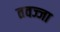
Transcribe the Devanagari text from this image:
तवज्जा